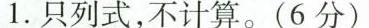
1.只列式，不计算。(6分)